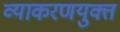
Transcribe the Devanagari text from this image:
व्याकरणयुक्त